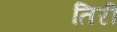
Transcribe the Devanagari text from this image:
तिरीं